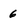
Character: 6